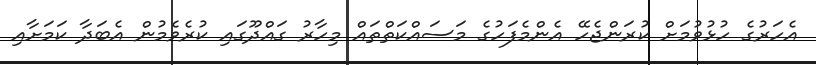
އެހަރުގެ ހުޅުވުމަށް ކުރަންޖެހޭ އެންމެފަހުގެ މަސައްކަތްތައް މިހާރު ގައްދޫގައި ކުރެވެމުން އެބަދާ ކަމަށާއި